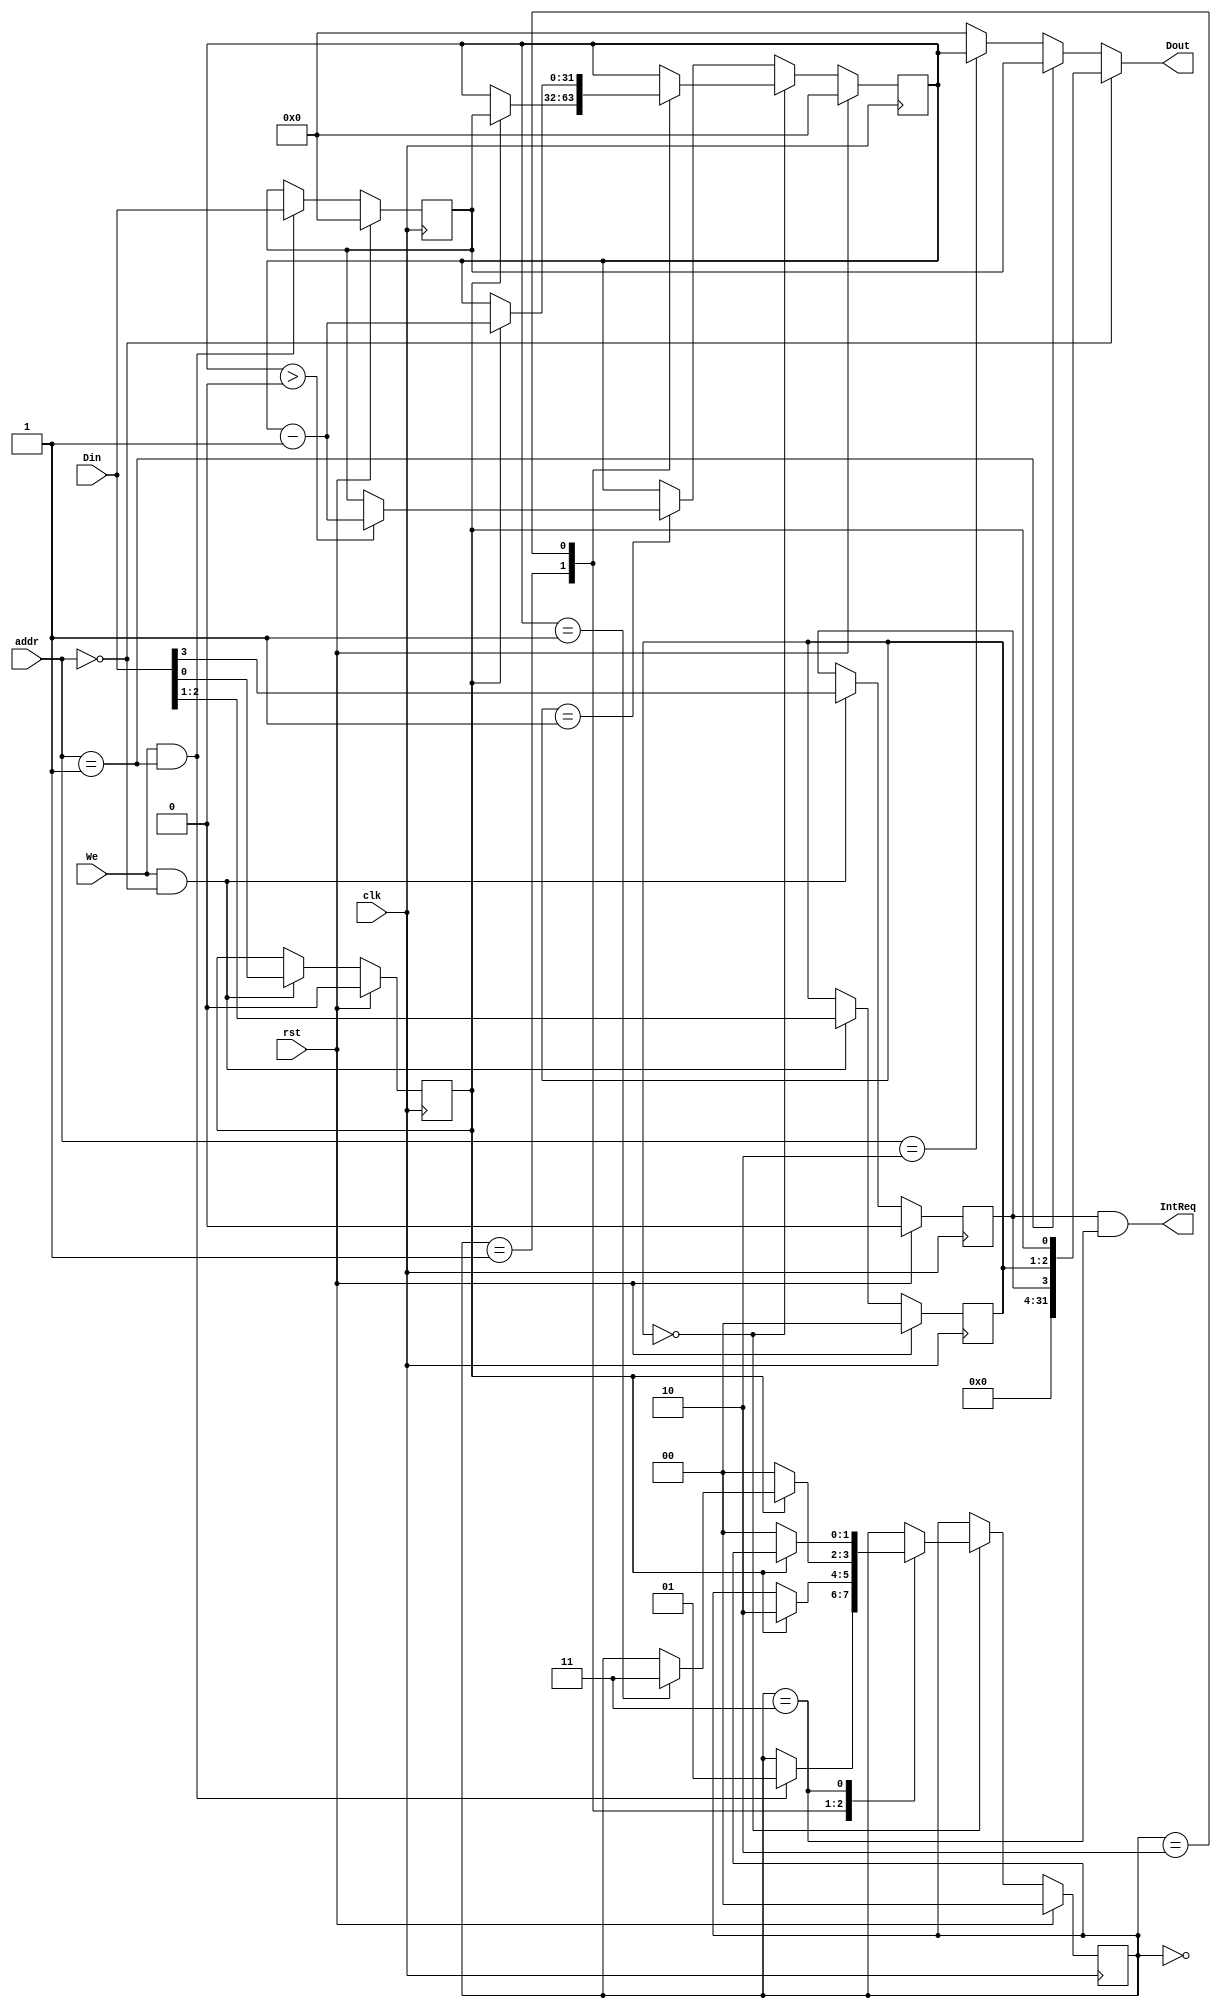
`timescale 1ns / 1ps
`define IDLE 2'b00
`define LOAD 2'b01
`define CNTING 2'b10
`define INT 2'b11

//////////////////////////////////////////////////////////////////////////////////
// Company: 
// Engineer: 
// 
// Design Name: 
// Module Name:    Timer 
// Project Name: 
// Target Devices: 
// Tool versions: 
// Description: 
//
// Dependencies: 
//
// Revision: 
// Revision 0.01 - File Created
// Additional Comments: 
//
//////////////////////////////////////////////////////////////////////////////////
module Timer(/*autoport*/
//output
			Dout,
			IntReq,
//input
			clk,
			rst,
			addr,
			We,
			Din);
	input clk;
	input rst;
	input [3:2] addr;
	input We;
	input [31:0] Din;
	output [31:0] Dout;
	output IntReq;

	wire [31:0] CTRL;
	reg [31:0] PRESET;
	reg [31:0] COUNT;
	reg [1:0] STATE;

	reg IM;
	reg [1:0] Mode;
	reg Enable;

	always @(posedge clk) begin
		if (rst) begin
			IM<=1'b0;
			Mode<=2'b0;
			Enable<=2'b0;			
		end
		else if (We && addr==2'b00) begin
			{IM,Mode,Enable}<=Din[3:0];
		end
	end
	assign CTRL={28'b0,IM,Mode,Enable};

	always @(posedge clk) begin
		if (rst) begin
			PRESET<=32'b0;
		end
		else if (We && addr==2'b01) begin
			PRESET<=Din;
		end
	end

	always @(posedge clk) begin
		if (rst) begin
			STATE<=`IDLE;
			COUNT<=32'b0;
		end
		else if(Mode==2'b00) begin
			case(STATE)
			`IDLE: 	begin
						if(We && addr==2'b01)
							STATE<=`LOAD;
					end
			`LOAD: 	begin
						if(Enable) begin
							COUNT<=PRESET;
							STATE<=`CNTING;
						end
					//else begin
					//	STATE<=`IDLE;
					//end
					end
			`CNTING: begin
						if(Enable) begin
							COUNT<=COUNT-1;
							if(COUNT==32'b1)
								STATE<=`INT;
						end
						else begin
							STATE<=`IDLE;
						end
					end
			`INT: 	begin
					if(!Enable)
						STATE<=`IDLE;
					end
			endcase
		end
		else if(Mode==2'b01) begin
			if(COUNT>32'b0) begin
				COUNT<=COUNT-1;
			end
			else begin
				COUNT<=PRESET;
			end
		end
	end

	//COUNT
	/*always @(posedge clk or posedge rst) begin
		if (rst) begin
			COUNT<=32'b0;			
		end
		//else if(We && addr==2'b00&&Din[3]==0) begin
		//	COUNT<=32'b0;
		//end
		//Mode 1
		else if (Mode==2'b01 && Enable) begin
			if (COUNT>32'b0) begin
				COUNT<=COUNT-1;
			end
			else begin
				COUNT<=PRESET;
			end
		end
		//Mode 0
		else if (Mode==2'b00) begin
			if(~Enable) begin
				if(We && addr==2'b01)
					COUNT<=Din;	
			end
			else if (COUNT>32'b0) begin
				COUNT<=COUNT-1;
			end
		end
	end*/

	assign Dout = (addr==2'b00)?CTRL:
				   (addr==2'b01)?PRESET:
				   (addr==2'b10)?COUNT:
				   32'b0;
	assign IntReq = IM & (STATE==`INT);
	//assign IntReq = IM & (COUNT==32'b0);

endmodule